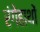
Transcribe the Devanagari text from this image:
रंगेहाथों